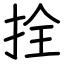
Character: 拴